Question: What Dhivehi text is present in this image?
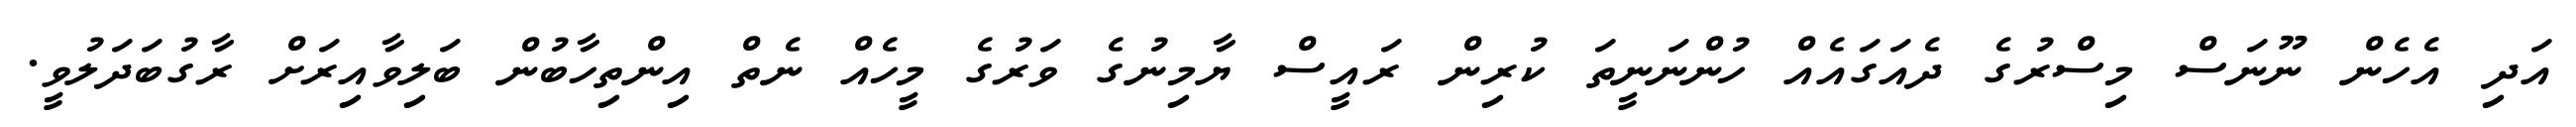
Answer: އަދި އެހެން ނޫނަސް މިސްރުގެ ދެއަގައެއް ހުންނަނީތަ ކުރިން ރައީސް ޔާމިނުގެ ވަރުގެ މީހެއް ނެތް އިންތިހާބުން ބަލިވާއިރަށް ރާގުބަދަލުވީ.